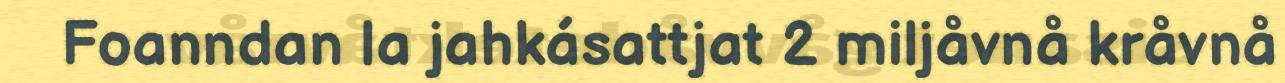
Foanndan la jahkásattjat 2 miljåvnå kråvnå